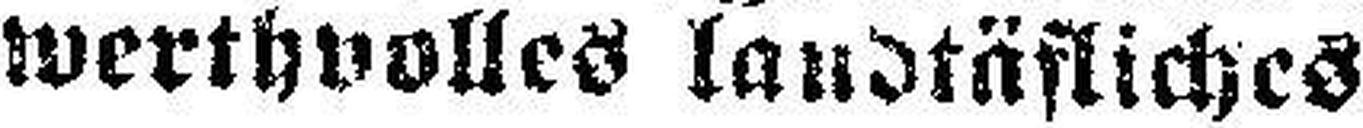
werthvolles landtäfliches